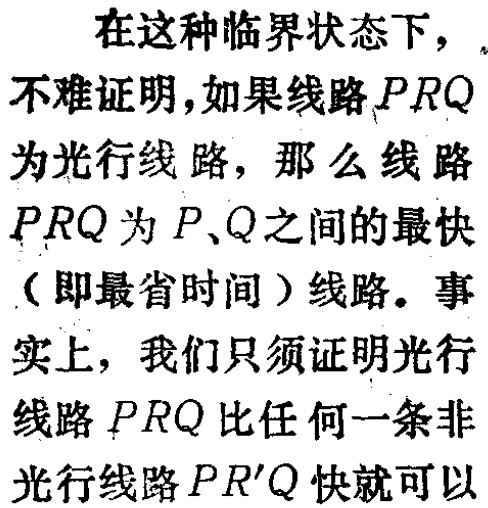
在这种临界状态下，

不难证明，如果线路\(PRQ\)

为光行线路，那么线路

\(PRQ\)为\(P\)、\(Q\)之间的最快

（即最省时间）线路。事

实上，我们只须证明光行

线路\(PRQ\)比任何一条非

光行线路\(PR'Q\)快就可以